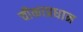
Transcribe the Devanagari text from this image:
चीकाप्रधान